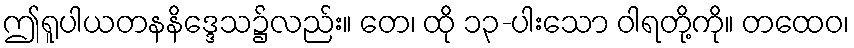
ဤရူပါယတနနိဒ္ဒေသ၌လည်း။ တေ၊ ထို ၁၃-ပါးသော ဝါရတို့ကို။ တထေဝ၊